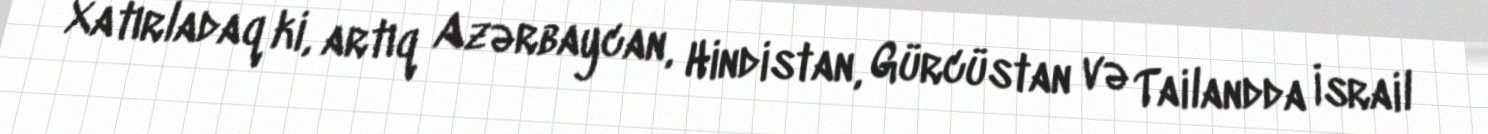
Xatırladaq ki, artıq Azərbaycan, Hindistan, Gürcüstan və Tailandda İsrail